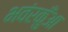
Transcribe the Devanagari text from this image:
भवंरकुँआ